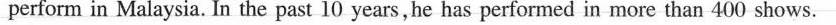
perform in Malaysia. In the past 10 years,he has performed in more than 400 shows.